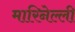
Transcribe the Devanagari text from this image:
मारिनेल्ली